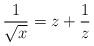
LaTeX: \begin{align*}\frac{1}{\sqrt x}=z+\frac{1}{z}\end{align*}